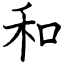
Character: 和